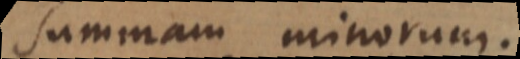
summam minorum.